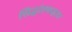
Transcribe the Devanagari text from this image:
सिद्धांतकहता